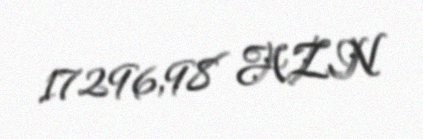
17296,98 AZN